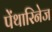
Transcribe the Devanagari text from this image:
पेंथारिनेज